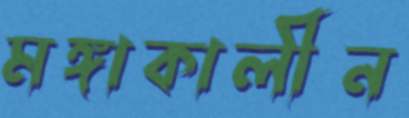
মঙ্গাকালীন